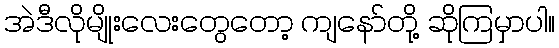
အဲဒီလိုမျိုးလေးတွေတော့ ကျနော်တို့ ဆိုကြမှာပါ။